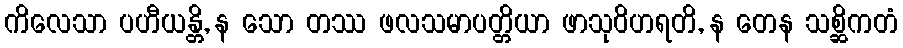
ကိလေသာ ပဟီယန္တိ, န သော တဿ ဖလသမာပတ္တိယာ ဖာသုဝိဟရတိ, န တေန သစ္ဆိကတံ